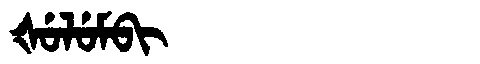
Manchu: ᡧᡠᠯᡠᠮᠪᡳ
Romanization: ŠULUMBI